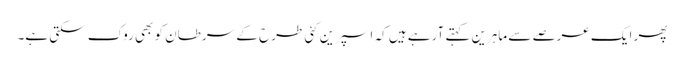
پھر ایک عرصے سے ماہرین کہتے آرہے ہیں کہ اسپرین کئی طرح کے سرطان کو بھی روک سکتی ہے۔